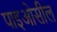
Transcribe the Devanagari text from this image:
पाइओसील